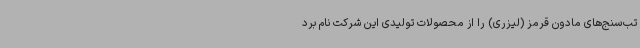
تب‌سنج‌های مادون قرمز (لیزری) را از محصولات تولیدی این شرکت نام برد